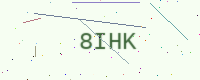
Text: 8IHK